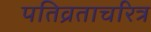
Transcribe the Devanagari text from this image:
पतिव्रताचरित्र